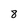
Character: 8